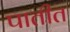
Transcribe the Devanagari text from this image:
पातीत